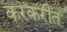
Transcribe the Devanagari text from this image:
करकरीत